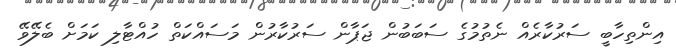
އިންތިހާބީ ސަރުކާރެއް ނެތުމުގެ ސަބަބުން ޖަޕާން ސަރުކާރުން މަސައްކަތް ހުއްޓާލި ކަމަށް ބެލޭވޭ